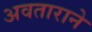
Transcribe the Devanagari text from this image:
अवताराने